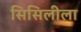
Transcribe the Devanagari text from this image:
सिसिलीला